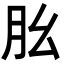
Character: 𦘷